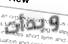
وبدأت